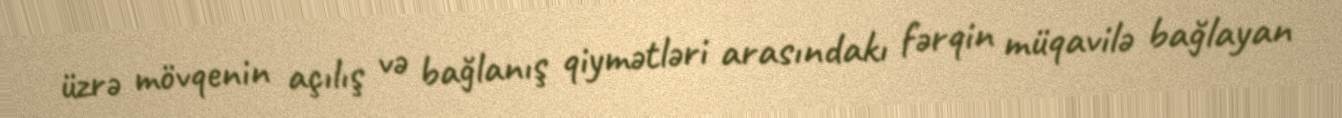
üzrə mövqenin açılış və bağlanış qiymətləri arasındakı fərqin müqavilə bağlayan